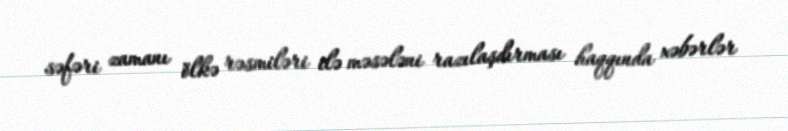
səfəri zamanı ölkə rəsmiləri ilə məsələni razılaşdırması haqqında xəbərlər